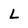
Character: L